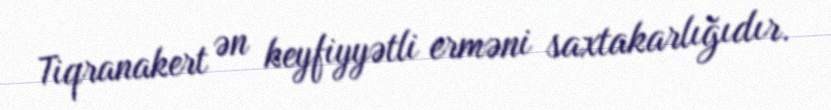
Tiqranakert ən keyfiyyətli erməni saxtakarlığıdır.